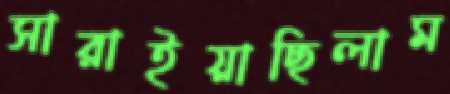
সারাইয়াছিলাম